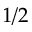
1 / 2